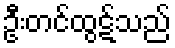
ဦးတင်ထွဋ်သည်